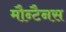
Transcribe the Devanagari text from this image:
मौन्टैनस